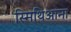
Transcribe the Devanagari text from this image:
स्मिथिआना